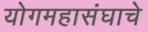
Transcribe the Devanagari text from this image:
योगमहासंघाचे